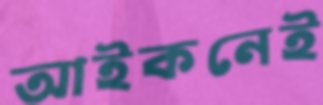
আইকনেই